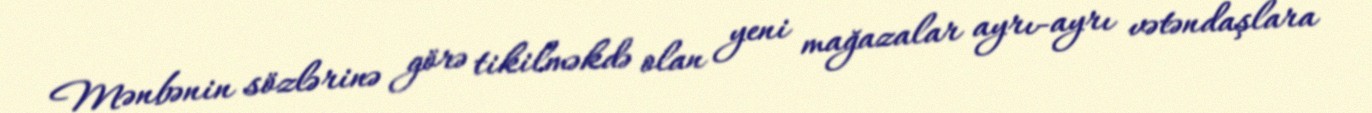
Mənbənin sözlərinə görə tikilməkdə olan yeni mağazalar ayrı-ayrı vətəndaşlara